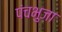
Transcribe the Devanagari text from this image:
पंचभुजा